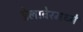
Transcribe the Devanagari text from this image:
डेलावेरमध्ये